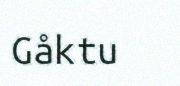
Gåktu